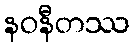
နဝနီတဿ